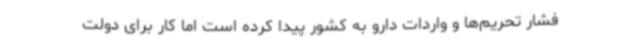
فشار تحریم‌ها و واردات دارو به کشور پیدا کرده است اما کار برای دولت